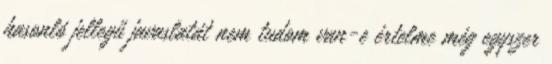
hasonló jellegű javaslatát nem tudom van-e értelme még egyszer